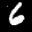
Label: 6